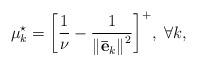
LaTeX: \begin{align*} \mu _k^{\star} = {\left[ {\frac{1}{\nu } - \frac{1}{{{\left\| {{{\bf{\bar e}}_k}} \right\|}^2}}} \right]^ + }, \ \forall k, \end{align*}